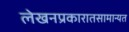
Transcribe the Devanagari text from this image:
लेखनप्रकारातसामान्यत